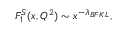
F _ { 1 } ^ { S } ( x , Q ^ { 2 } ) \sim x ^ { - \lambda _ { B F K L } } ,